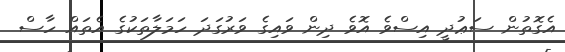
އެގޮތުން ސަޢުދީ އިސްވެ އޮވެ ދިން ވައިގެ ވަރުގަދަ ހަމަލާތަކުގެ އެތައް ހާސް